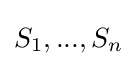
S_{1},...,S_{n}